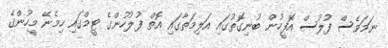
ނަމަވެސް ފުލުސް އޮފީހުން ބުނިގޮތުގައި އަލިމަތާގައި އޮތް ފުލުހުންގެ ޓީމްގައި ހިމެނޭ މީހުންގެ